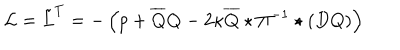
{ \cal L } = \tilde { L } ^ { T } = - \left( p + \overline { { { Q } } } Q - 2 \kappa \overline { { { Q } } } \star \Pi ^ { - 1 } \star ( D Q ) \right)